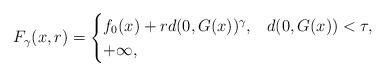
LaTeX: \begin{align*} F_{\gamma}(x, r) = \begin{cases} f_0(x) + r d(0, G(x))^{\gamma}, & d(0, G(x)) < \tau, \\ + \infty, & \end{cases}\end{align*}